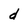
Character: d